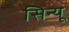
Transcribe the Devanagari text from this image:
सिन्यू